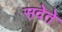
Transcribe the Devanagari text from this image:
सदेते